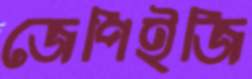
জেপিইজি